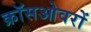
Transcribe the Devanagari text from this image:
क्रॉसओवरों